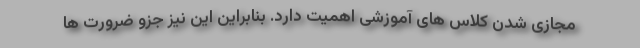
مجازی شدن کلاس های آموزشی اهمیت دارد. بنابراین این نیز جزو ضرورت ها